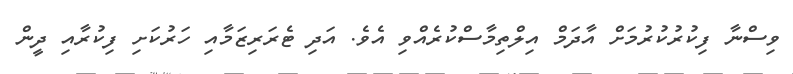
ވިސްނާ ފިކުރުކުރުމަށް އާދަމް އިލްތިމާސްކުރެއްވި އެވެ. އަދި ޓެރަރިޒަމާއި ހަރުކަށި ފިކުރާއި ދީން